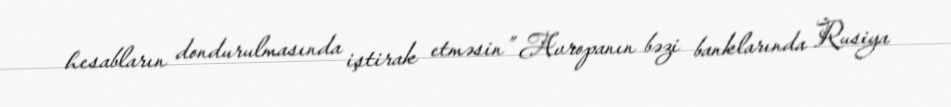
hesabların dondurulmasında iştirak etməsin” Avropanın bəzi banklarında Rusiya